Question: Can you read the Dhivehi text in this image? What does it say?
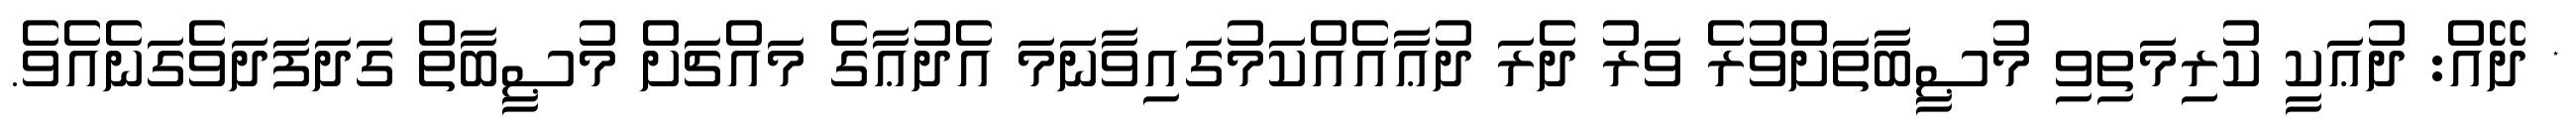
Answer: * ދޭއް: ދުޢަކީ ކުރިމަތިވި މުޞީބާތަށްވުރެ ވަރު ދެރަ ދުޢާއެއްކަމުގައިވާނަމަ އެދުޢާގެ މައްޗަށް މުޞީބާތް ގަދަފަދަވެގަނެއެވެ.